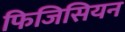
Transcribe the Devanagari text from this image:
फिजिसियन